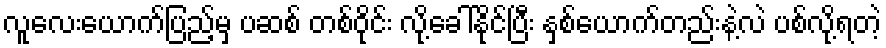
လူလေးယောက်ပြည့်မှ ပဆစ် တစ်ဝိုင်း လို့ခေါ်နိုင်ပြီး နှစ်ယောက်တည်းနဲ့လဲ ပစ်လို့ရတဲ့